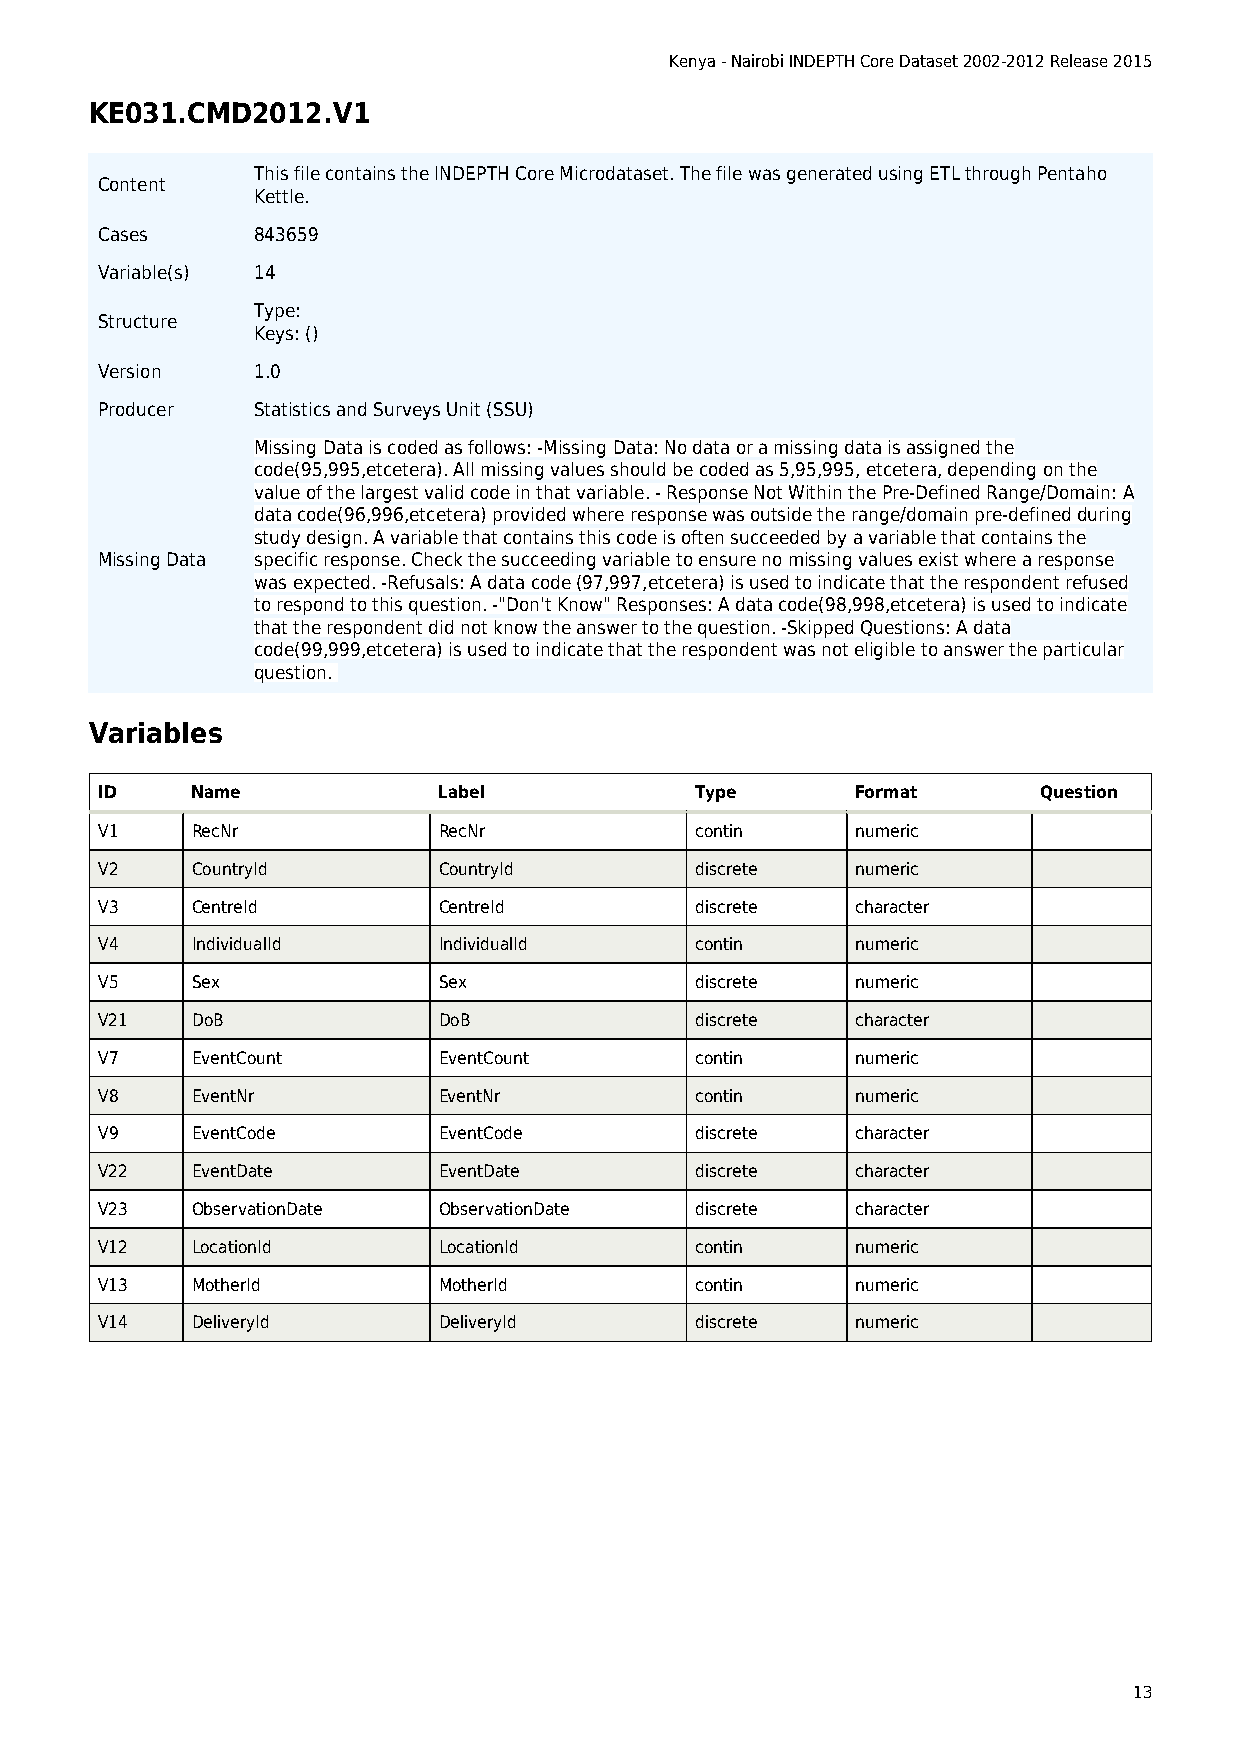
Kenya - Nairobi INDEPTH Core Dataset 2002-2012 Release 2015
 KE031.CMD2012.V1
 This file contains the INDEPTH Core Microdataset. The file was generated using ETL through Pentaho
 Content
 Kettle.
 Cases      843659
 Variable(s) 14
 Type:
 Structure
 Keys: ()
 Version    1.0
 Producer   Statistics and Surveys Unit (SSU)
 Missing Data is coded as follows: -Missing Data: No data or a missing data is assigned the
 code(95,995,etcetera). All missing values should be coded as 5,95,995, etcetera, depending on the
 value of the largest valid code in that variable. - Response Not Within the Pre-Defined Range/Domain: A
 data code(96,996,etcetera) provided where response was outside the range/domain pre-defined during
 study design. A variable that contains this code is often succeeded by a variable that contains the
 Missing Data specific response. Check the succeeding variable to ensure no missing values exist where a response
 was expected. -Refusals: A data code (97,997,etcetera) is used to indicate that the respondent refused
 to respond to this question. -"Don't Know" Responses: A data code(98,998,etcetera) is used to indicate
 that the respondent did not know the answer to the question. -Skipped Questions: A data
 code(99,999,etcetera) is used to indicate that the respondent was not eligible to answer the particular
 question.
 Variables
 ID     Name            Label            Type       Format      Question
 V1     RecNr           RecNr            contin     numeric
 V2     CountryId       CountryId        discrete   numeric
 V3     CentreId        CentreId         discrete   character
 V4     IndividualId    IndividualId     contin     numeric
 V5     Sex             Sex              discrete   numeric
 V21    DoB             DoB              discrete   character
 V7     EventCount      EventCount       contin     numeric
 V8     EventNr         EventNr          contin     numeric
 V9     EventCode       EventCode        discrete   character
 V22    EventDate       EventDate        discrete   character
 V23    ObservationDate ObservationDate  discrete   character
 V12    LocationId      LocationId       contin     numeric
 V13    MotherId        MotherId         contin     numeric
 V14    DeliveryId      DeliveryId       discrete   numeric
 13